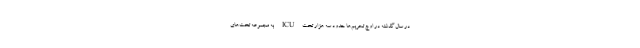
در سال گذشته در اوج تحریم‌ها حدود سه هزار تخت ICU به مجموعه تخت‌های